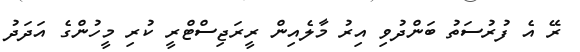
ރޭ އެ ފުރުސަތު ބަންދުވި އިރު މާލެއިން ރީރަޖިސްްޓްރީ ކުރި މީހުންގެ އަދަދު